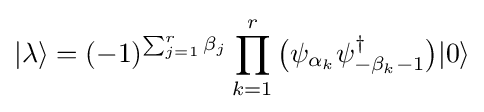
|\lambda \rangle =(-1)^{\sum _{j=1}^{r}\beta _{j}}\prod _{k=1}^{r}{\big (}\psi _{\alpha _{k}}\psi _{-\beta _{k}-1}^{\dagger }{\big )}|0\rangle